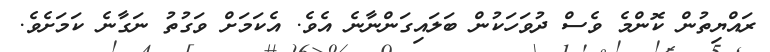
ރައްޔިތުން ކޮންމެ ވެސް ދުވަހަކުން ބަލައިގަންނާނެ އެވެ. އެކަމަށް ވަގުތު ނަގާނެ ކަމަށެވެ.